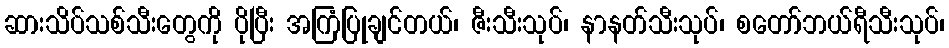
ဆားသိပ်သစ်သီးတွေကို ပိုပြီး အကြံပြုချင်တယ်၊ ဇီးသီးသုပ်၊ နာနတ်သီးသုပ်၊ စတော်ဘယ်ရီသီးသုပ်၊